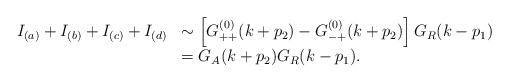
\begin{align*}\begin{array}{ll}I_{(a)}+I_{(b)}+I_{(c)}+I_{(d)} & \sim \left[G_{++}^{(0)}(k+p_2)-G_{-+}^{(0)}(k+p_2)\right]G_{R}(k-p_1) \\{} & = G_{A}(k+p_2)G_{R}(k-p_1) .\end{array}\end{align*}